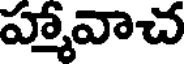
హ్మావాచ